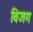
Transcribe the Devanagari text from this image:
विजग